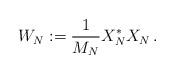
LaTeX: \begin{align*}W_N:=\frac1{M_N}X_N^*X_N\,.\end{align*}